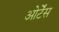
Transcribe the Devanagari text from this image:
ओर्टेंस